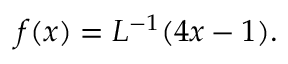
f ( x ) = L ^ { - 1 } ( 4 x - 1 ) .